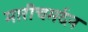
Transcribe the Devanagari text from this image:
मारीचमर्दन